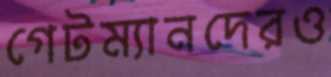
গেটম্যানদেরও